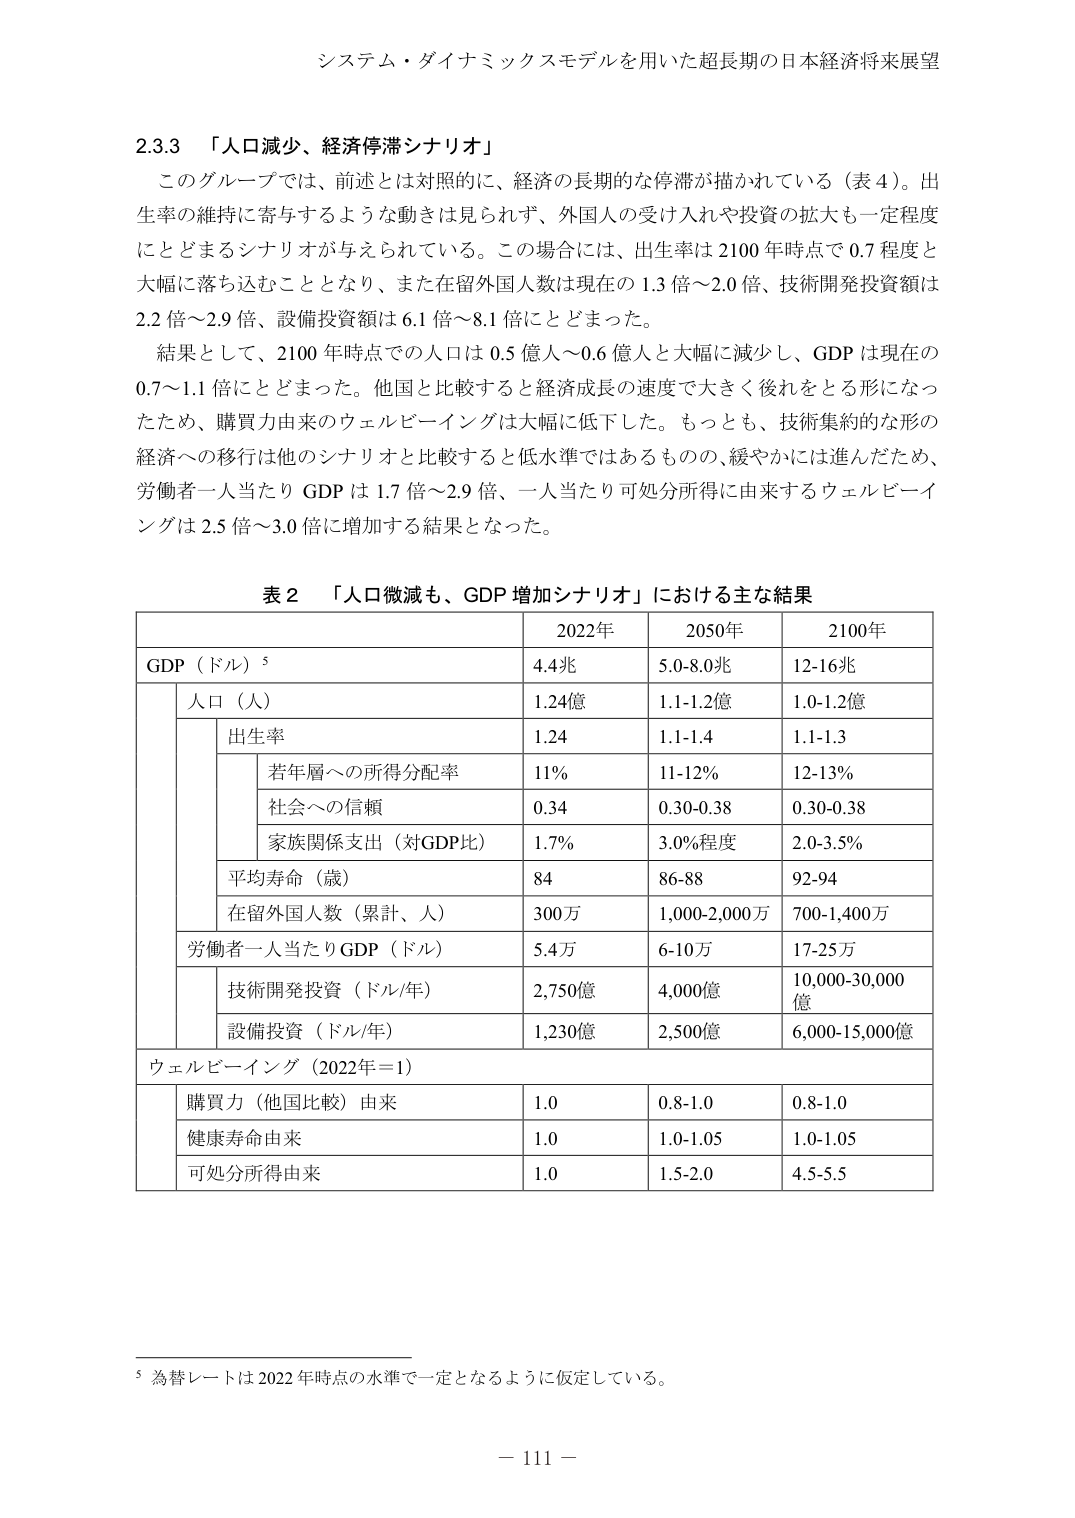
システム・ダイナミックスモデルを用いた超長期の日本経済将来展望

2.3.3 「人口減少、経済停滞シナリオ」
このグループでは、前述とは対照的に、経済の長期的な停滞が描かれている（表4）。出生率の維持に寄与するような動きは見られず、外国人の受け入れや投資の拡大も一定程度にとどまるシナリオが与えられている。この場合には、出生率は2100年時点で0.7程度と大幅に落ち込むこととなり、また在留外国人数は現在の1.3倍～2.0倍、技術開発投資額は2.2倍～2.9倍、設備投資額は6.1倍～8.1倍にとどまった。
結果として、2100年時点での人口は0.5億人～0.6億人と大幅に減少し、GDPは現在の0.7～1.1倍にとどまった。他国と比較すると経済成長の速度で大きく後れをとる形になったため、購買力由来のウェルビーイングは大幅に低下した。もっとも、技術集約的な形の経済への移行は他のシナリオと比較すると低水準ではあるものの、緩やかには進んだため、労働者一人当たりGDPは1.7倍～2.9倍、一人当たり可処分所得に由来するウェルビーイングは2.5倍～3.0倍に増加する結果となった。

表2 「人口微減も、GDP増加シナリオ」における主な結果
| | 2022年 | 2050年 | 2100年 |
|---|---|---|---|
| GDP（ドル）⁵ | 4.4兆 | 5.0-8.0兆 | 12-16兆 |
| | 人口（人） | 1.24億 | 1.1-1.2億 | 1.0-1.2億 |
| | | 出生率 | 1.24 | 1.1-1.4 | 1.1-1.3 |
| | | 若年層への所得分配率 | 11% | 11-12% | 12-13% |
| | | 社会への信頼 | 0.34 | 0.30-0.38 | 0.30-0.38 |
| | | 家族関係支出（対GDP比） | 1.7% | 3.0%程度 | 2.0-3.5% |
| | | 平均寿命（歳） | 84 | 86-88 | 92-94 |
| | | 在留外国人数（累計、人） | 300万 | 1,000-2,000万 | 700-1,400万 |
| | 労働者一人当たりGDP（ドル） | 5.4万 | 6-10万 | 17-25万 |
| | | 技術開発投資（ドル/年） | 2,750億 | 4,000億 | 10,000-30,000億 |
| | | 設備投資（ドル/年） | 1,230億 | 2,500億 | 6,000-15,000億 |
| ウェルビーイング（2022年=1） | | | |
| | 購買力（他国比較）由来 | 1.0 | 0.8-1.0 | 0.8-1.0 |
| | 健康寿命由来 | 1.0 | 1.0-1.05 | 1.0-1.05 |
| | 可処分所得由来 | 1.0 | 1.5-2.0 | 4.5-5.5 |

⁵ 為替レートは2022年時点の水準で一定となるように仮定している。

－ 111 －